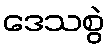
ဒေသစွဲ